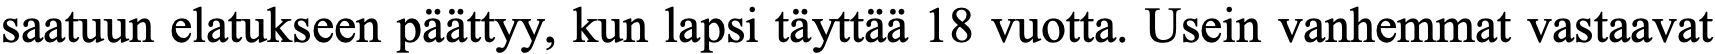
saatuun elatukseen päättyy, kun lapsi täyttää 18 vuotta. Usein vanhemmat vastaavat